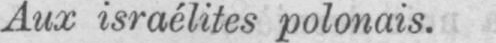
Aux israélites polonais.